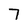
Character: 7